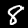
Label: 8